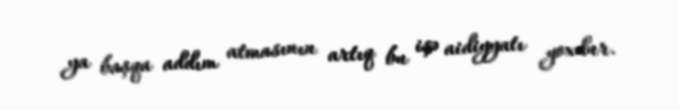
ya başqa addım atmasının artıq bu işə aidiyyatı yoxdur.